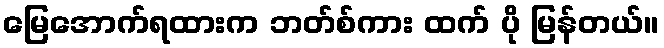
မြေအောက်ရထားက ဘတ်စ်ကား ထက် ပို မြန်တယ်။